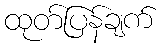
ထုတ်ပြန်ချက်